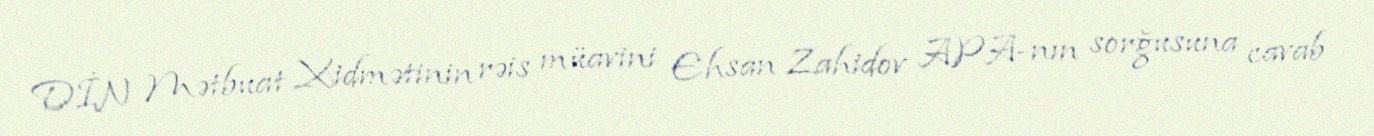
DİN Mətbuat Xidmətinin rəis müavini Ehsan Zahidov APA-nın sorğusuna cavab